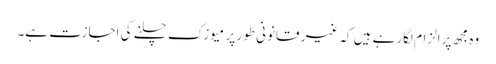
وہ مجھ پر الزام لگارہے ہیں کہ غیر قانونی طور پر میوزک چلنے کی اجازت ہے۔